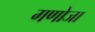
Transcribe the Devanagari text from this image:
गणोजा